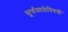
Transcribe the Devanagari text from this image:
सूर्यमालेविषयी